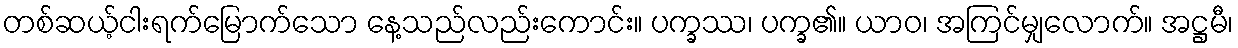
တစ်ဆယ့်ငါးရက်မြောက်သော နေ့သည်လည်းကောင်း။ ပက္ခဿ၊ ပက္ခ၏။ ယာဝ၊ အကြင်မျှလောက်။ အဋ္ဌမီ၊